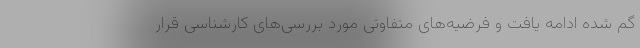
گم شده ادامه یافت و فرضیه‌های متفاوتی مورد بررسی‌های کارشناسی قرار